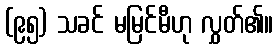
(၉၅) သခင် မမြင်မီဟု လွှတ်၏။